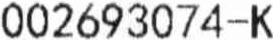
002693074-K